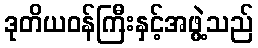
ဒုတိယဝန်ကြီးနှင့်အဖွဲ့သည်